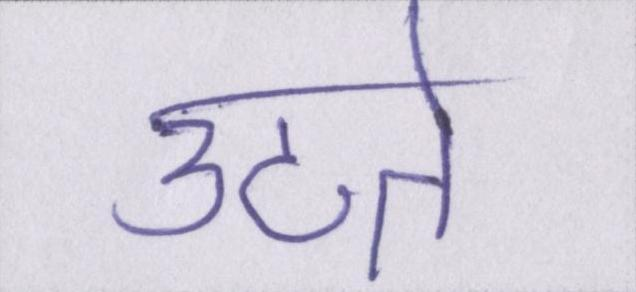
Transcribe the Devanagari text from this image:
उठते